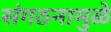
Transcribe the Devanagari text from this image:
संगठनामुळे